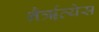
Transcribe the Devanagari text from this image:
नैर्ॠत्येस